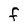
Character: f